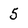
Character: 5